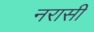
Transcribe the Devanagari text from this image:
नरासी